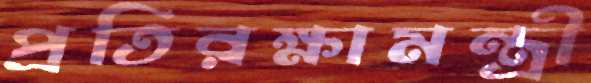
প্রতিরক্ষামন্ত্রী